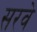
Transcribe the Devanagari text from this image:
सरवे